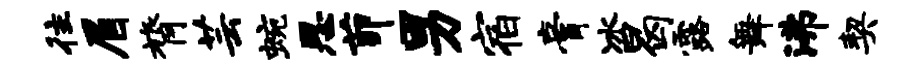
往眉膂芸蜿思茆男宿膏冰曷露舞沸契